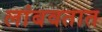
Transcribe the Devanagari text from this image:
लांबवतात